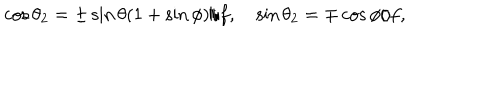
LaTeX: \cos { \theta _ { 2 } } = \pm \sin { \theta } ( 1 + \sin { \phi } ) / f , \quad \sin { \theta _ { 2 } } = \mp \cos { \phi } / f ,